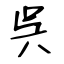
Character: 呉